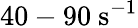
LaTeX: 40-90~\mathrm{s}^{-1}